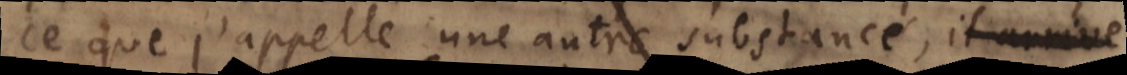
.: NB. j’appelle une autre substance, et que